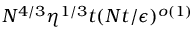
N ^ { 4 / 3 } \eta ^ { 1 / 3 } t ( N t / \epsilon ) ^ { o ( 1 ) }